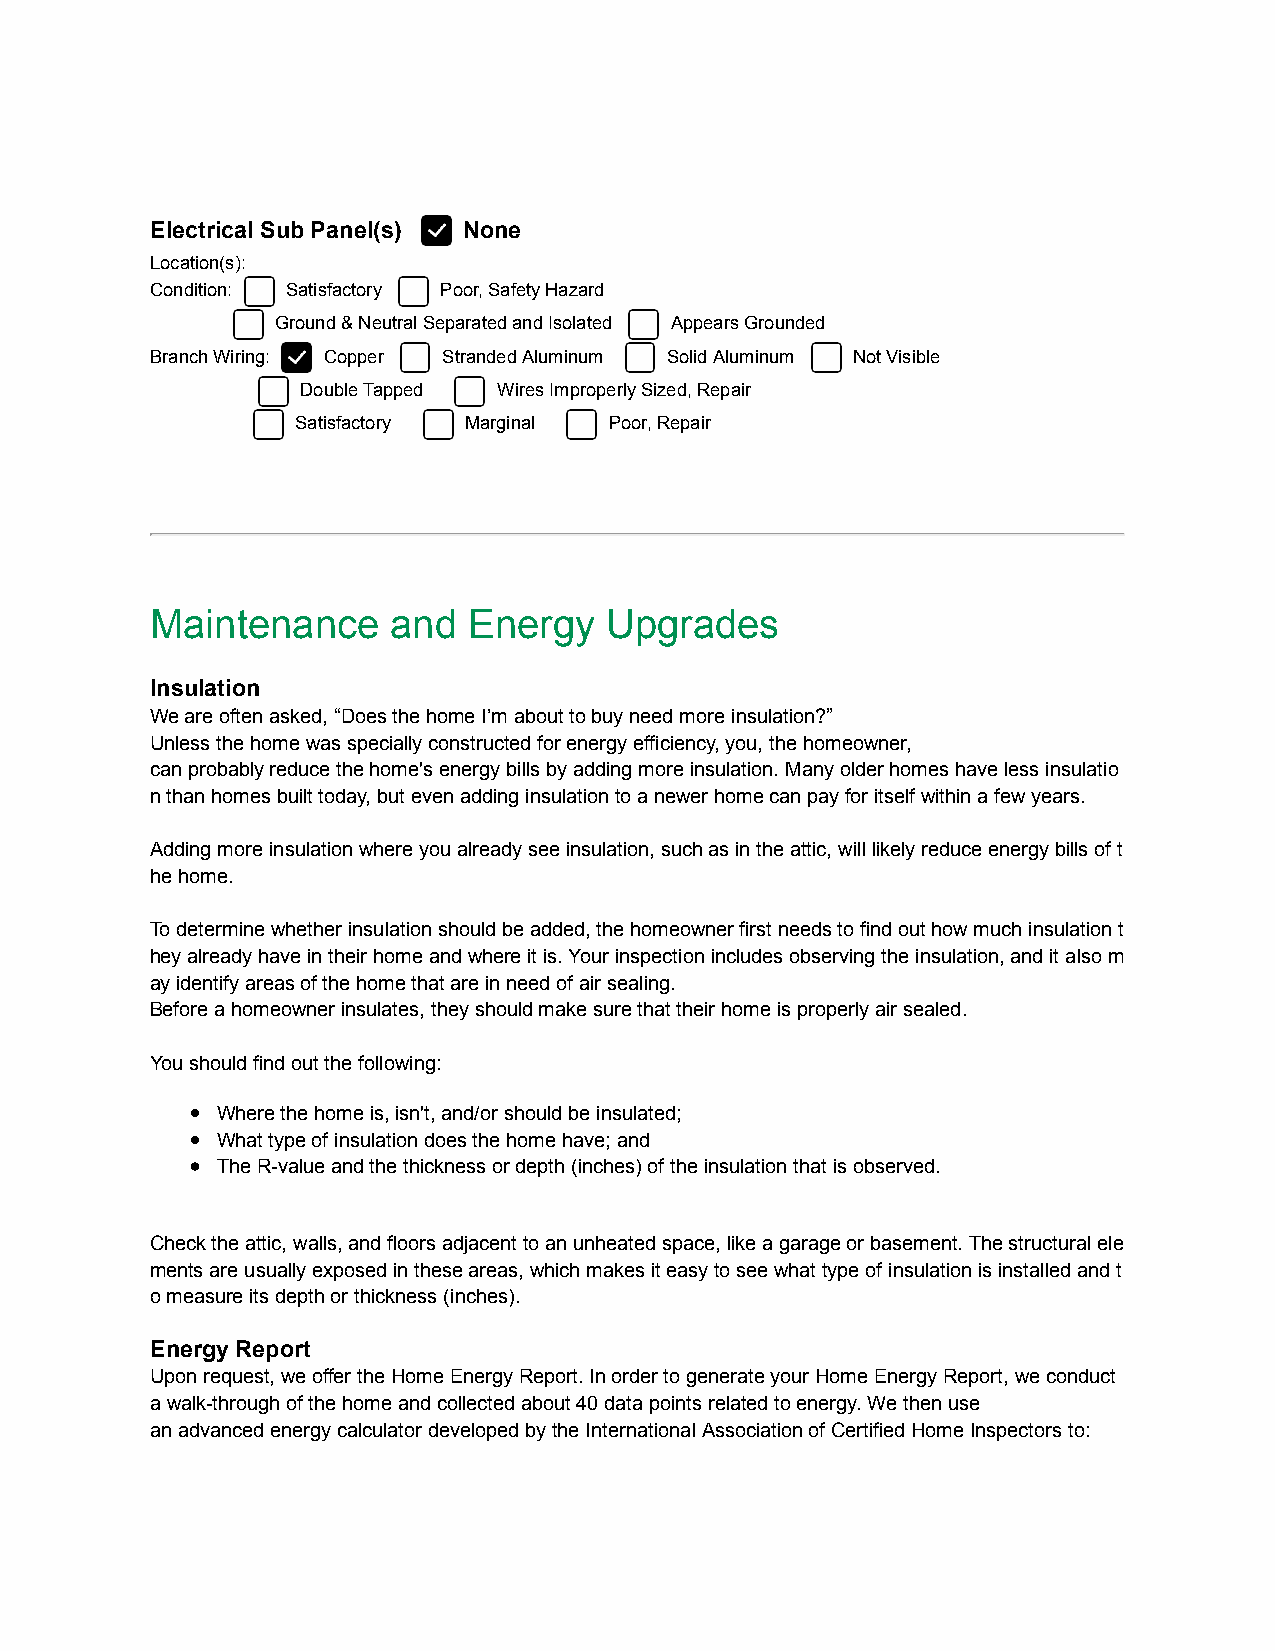
Electrical Sub Panel(s) None
 Location(s):
 Condition: Satisfactory Poor, Safety Hazard
 Ground & Neutral Separated and Isolated Appears Grounded
 Branch Wiring: Copper Stranded Aluminum Solid Aluminum Not Visible
 Double Tapped Wires Improperly Sized, Repair
 Satisfactory Marginal Poor, Repair
 Maintenance     and  Energy   Upgrades
 Insulation
 We are often asked, “Does the home I’m about to buy need more insulation?”
 Unless the home was specially constructed for energy efficiency, you, the homeowner,
 can probably reduce the home's energy bills by adding more insulation. Many older homes have less insulatio
 n than homes built today, but even adding insulation to a newer home can pay for itself within a few years.
 Adding more insulation where you already see insulation, such as in the attic, will likely reduce energy bills of t
 he home.
 To determine whether insulation should be added, the homeowner first needs to find out how much insulation t
 hey already have in their home and where it is. Your inspection includes observing the insulation, and it also m
 ay identify areas of the home that are in need of air sealing.
 Before a homeowner insulates, they should make sure that their home is properly air sealed.
 You should find out the following:
 Where the home is, isn't, and/or should be insulated;
 What type of insulation does the home have; and
 The R-value and the thickness or depth (inches) of the insulation that is observed.
 Check the attic, walls, and floors adjacent to an unheated space, like a garage or basement. The structural ele
 ments are usually exposed in these areas, which makes it easy to see what type of insulation is installed and t
 o measure its depth or thickness (inches).
 Energy Report
 Upon request, we offer the Home Energy Report. In order to generate your Home Energy Report, we conduct
 a walk-through of the home and collected about 40 data points related to energy. We then use
 an advanced energy calculator developed by the International Association of Certified Home Inspectors to: